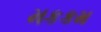
મકકમ